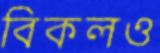
বিকলও